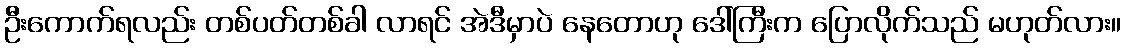
ဦးကောက်ရလည်း တစ်ပတ်တစ်ခါ လာရင် အဲဒီမှာပဲ နေတောဟု ဒေါ်ကြီးက ပြောလိုက်သည် မဟုတ်လား။